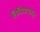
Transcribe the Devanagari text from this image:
लिबियापासून